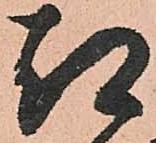
都